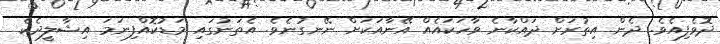
ދޮވެފިއެވެ. ދެން އިތުރަށް ދައްކާނެ ވާހަކައެއް އޭނާއަކަށް ނޭނގުނެވެ. އެތަނުގައި މަޑުކޮއްފިނަމަ އިޝާލީދެކެ